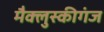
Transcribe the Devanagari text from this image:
मैक्लुस्कीगंज